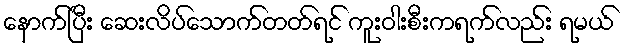
နောက်ပြီး ဆေးလိပ်သောက်တတ်ရင် ကူးဝါးစီးကရက်လည်း ရမယ်